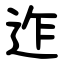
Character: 迮